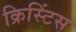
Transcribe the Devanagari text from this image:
क्रिस्टिंस